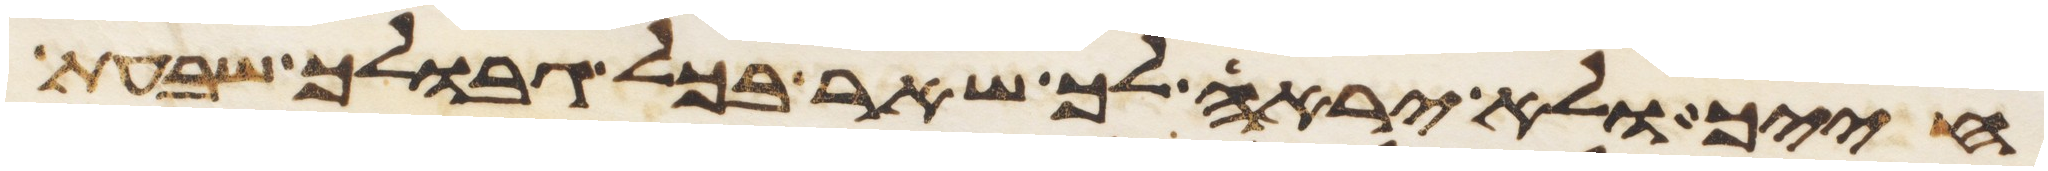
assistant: חייך ולא יראה לך שאר בכל גבולך שבעת